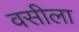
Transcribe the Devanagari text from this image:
वसीला